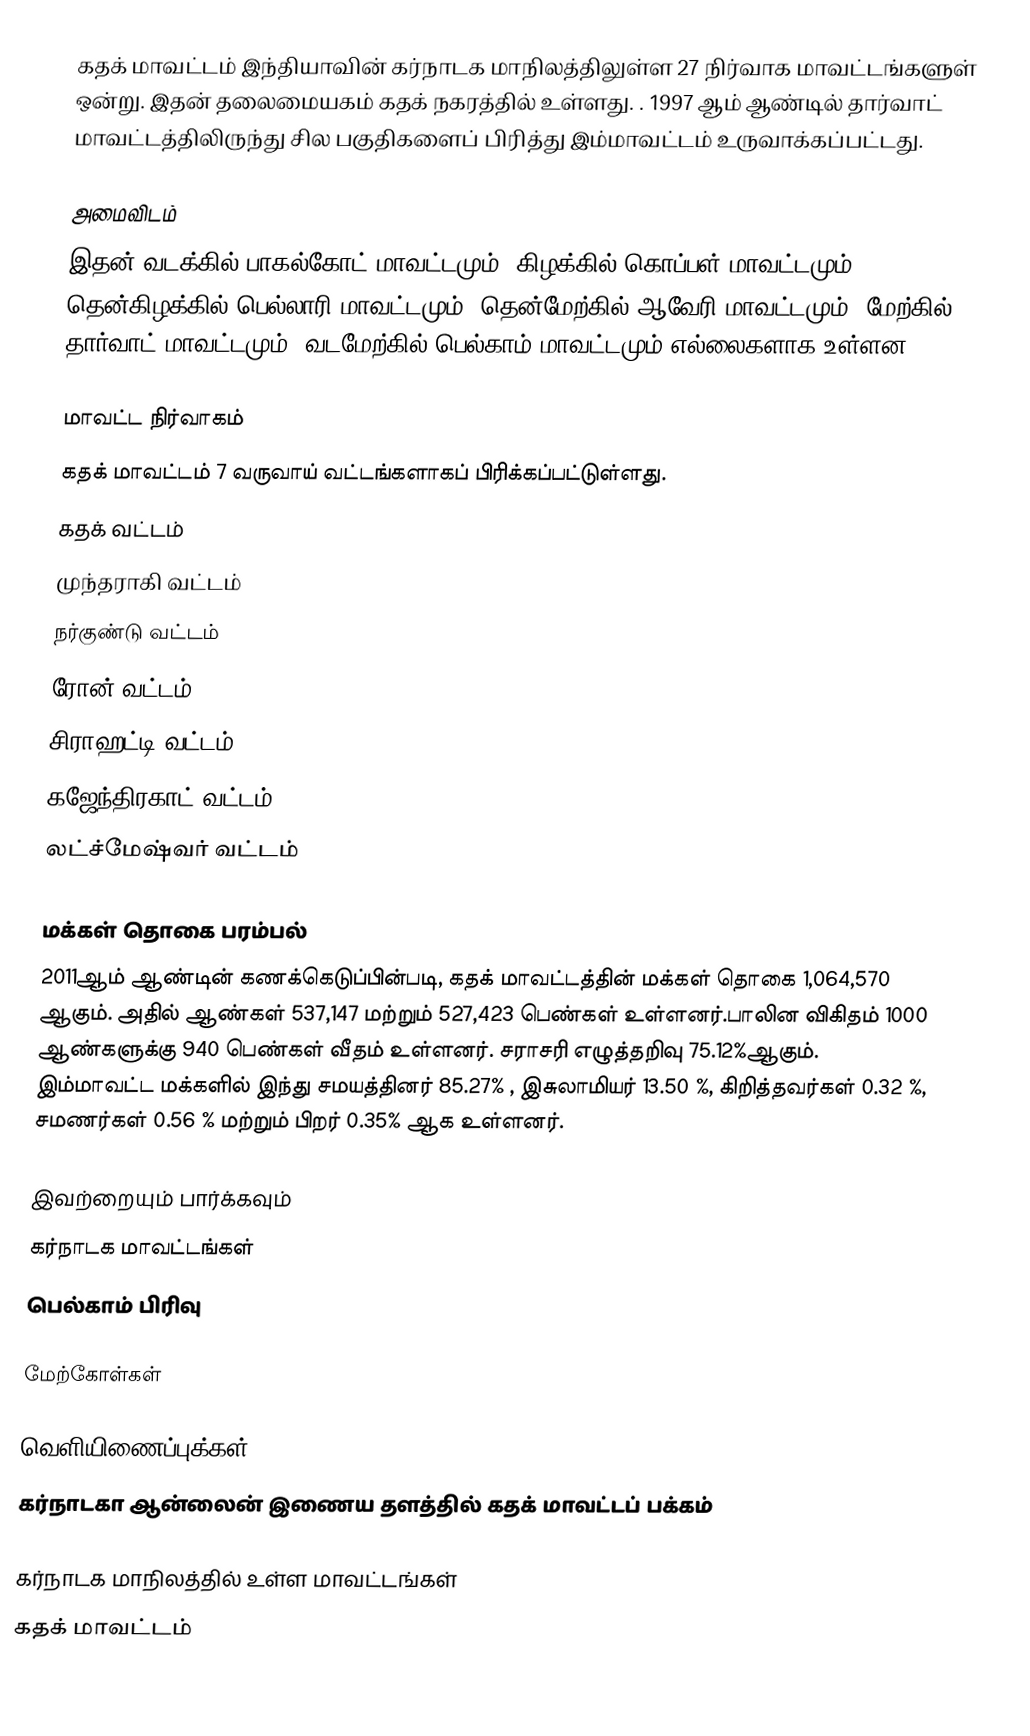
கதக் மாவட்டம் இந்தியாவின் கர்நாடக மாநிலத்திலுள்ள 27 நிர்வாக மாவட்டங்களுள் ஒன்று. இதன் தலைமையகம் கதக் நகரத்தில் உள்ளது. . 1997 ஆம் ஆண்டில் தார்வாட் மாவட்டத்திலிருந்து சில பகுதிகளைப் பிரித்து இம்மாவட்டம்  உருவாக்கப்பட்டது.

அமைவிடம்
இதன் வடக்கில் பாகல்கோட் மாவட்டமும், கிழக்கில்  கொப்பள் மாவட்டமும், தென்கிழக்கில் பெல்லாரி மாவட்டமும், தென்மேற்கில் ஆவேரி மாவட்டமும், மேற்கில் தார்வாட் மாவட்டமும், வடமேற்கில் பெல்காம் மாவட்டமும் எல்லைகளாக உள்ளன.

மாவட்ட நிர்வாகம்
கதக் மாவட்டம் 7 வருவாய் வட்டங்களாகப் பிரிக்கப்பட்டுள்ளது.
 கதக் வட்டம்
 முந்தராகி வட்டம்
 நர்குண்டு வட்டம்
 ரோன் வட்டம்
 சிராஹட்டி வட்டம்
 கஜேந்திரகாட் வட்டம்
 லட்ச்மேஷ்வர் வட்டம்

மக்கள் தொகை பரம்பல்
2011ஆம் ஆண்டின் கணக்கெடுப்பின்படி,  கதக் மாவட்டத்தின் மக்கள் தொகை 1,064,570 ஆகும். அதில்  ஆண்கள் 537,147 மற்றும் 527,423  பெண்கள் உள்ளனர்.பாலின விகிதம் 1000 ஆண்களுக்கு 940  பெண்கள் வீதம் உள்ளனர். சராசரி எழுத்தறிவு 75.12%ஆகும்.  இம்மாவட்ட மக்களில் இந்து சமயத்தினர் 85.27% , இசுலாமியர் 13.50 %, கிறித்தவர்கள் 0.32 %,  சமணர்கள் 0.56 % மற்றும் பிறர் 0.35% ஆக உள்ளனர்.

இவற்றையும் பார்க்கவும்
 கர்நாடக மாவட்டங்கள்
 பெல்காம் பிரிவு

மேற்கோள்கள்

வெளியிணைப்புக்கள்
 கர்நாடகா ஆன்லைன் இணைய தளத்தில் கதக் மாவட்டப் பக்கம்

கர்நாடக மாநிலத்தில் உள்ள மாவட்டங்கள்
கதக் மாவட்டம்